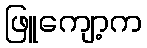
ဖြူကျော့က